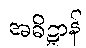
အဓိဋ္ဌာန်